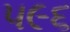
૫૯૬